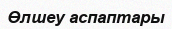
Өлшеу аспаптары